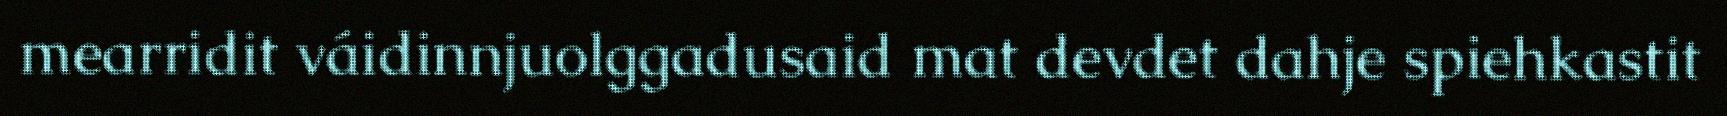
mearridit váidinnjuolggadusaid mat devdet dahje spiehkastit